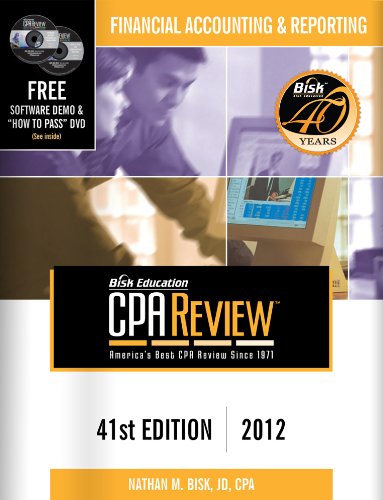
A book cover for Bisk CPA Review: Financial Accounting & Reporting - 41st Edition 2012 (Comprehensive CPA Exam Review Financial Accounting & Reporting) (Cpa ... Enterprises) (Bisk Comprehensive CPA Review); Nathan M. Bisk; Test Preparation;